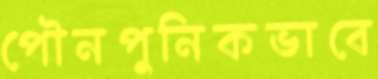
পৌনপুনিকভাবে